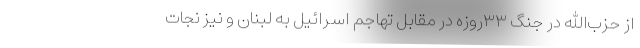
از حزب‌الله در جنگ ۳۳روزه در مقابل تهاجم اسرائیل به لبنان و نیز نجات